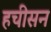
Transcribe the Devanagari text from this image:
हचीसन